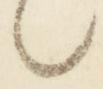
之